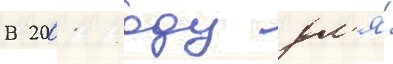
В 2001 году дл'я́